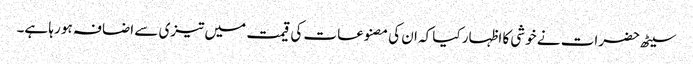
سیٹھ حضرات نے خوشی کا اظہار کیا کہ ان کی مصنوعات کی قیمت میں تیزی سے اضافہ ہو رہا ہے۔